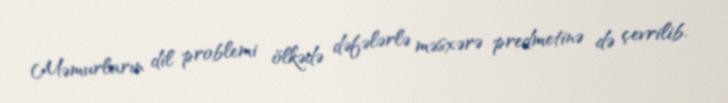
Məmurların dil problemi ölkədə dəfələrlə məsxərə predmetinə də çevrilib.